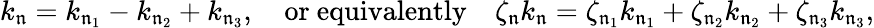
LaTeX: k_{\mathfrak n}=k_{\mathfrak n_{1}}-k_{\mathfrak n_{2}}+k_{\mathfrak n_{3}},\quad\mathrm{or\ equivalently}\quad\zeta_{\mathfrak n}k_{\mathfrak n}=\zeta_{\mathfrak n_{1}}k_{\mathfrak n_{1}}+\zeta_{\mathfrak n_{2}}k_{\mathfrak n_{2}}+\zeta_{\mathfrak n_{3}}k_{\mathfrak n_{3}},